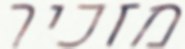
מזכיר